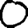
Digit: 0